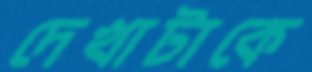
দেখাটাকে